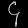
Digit: ၄